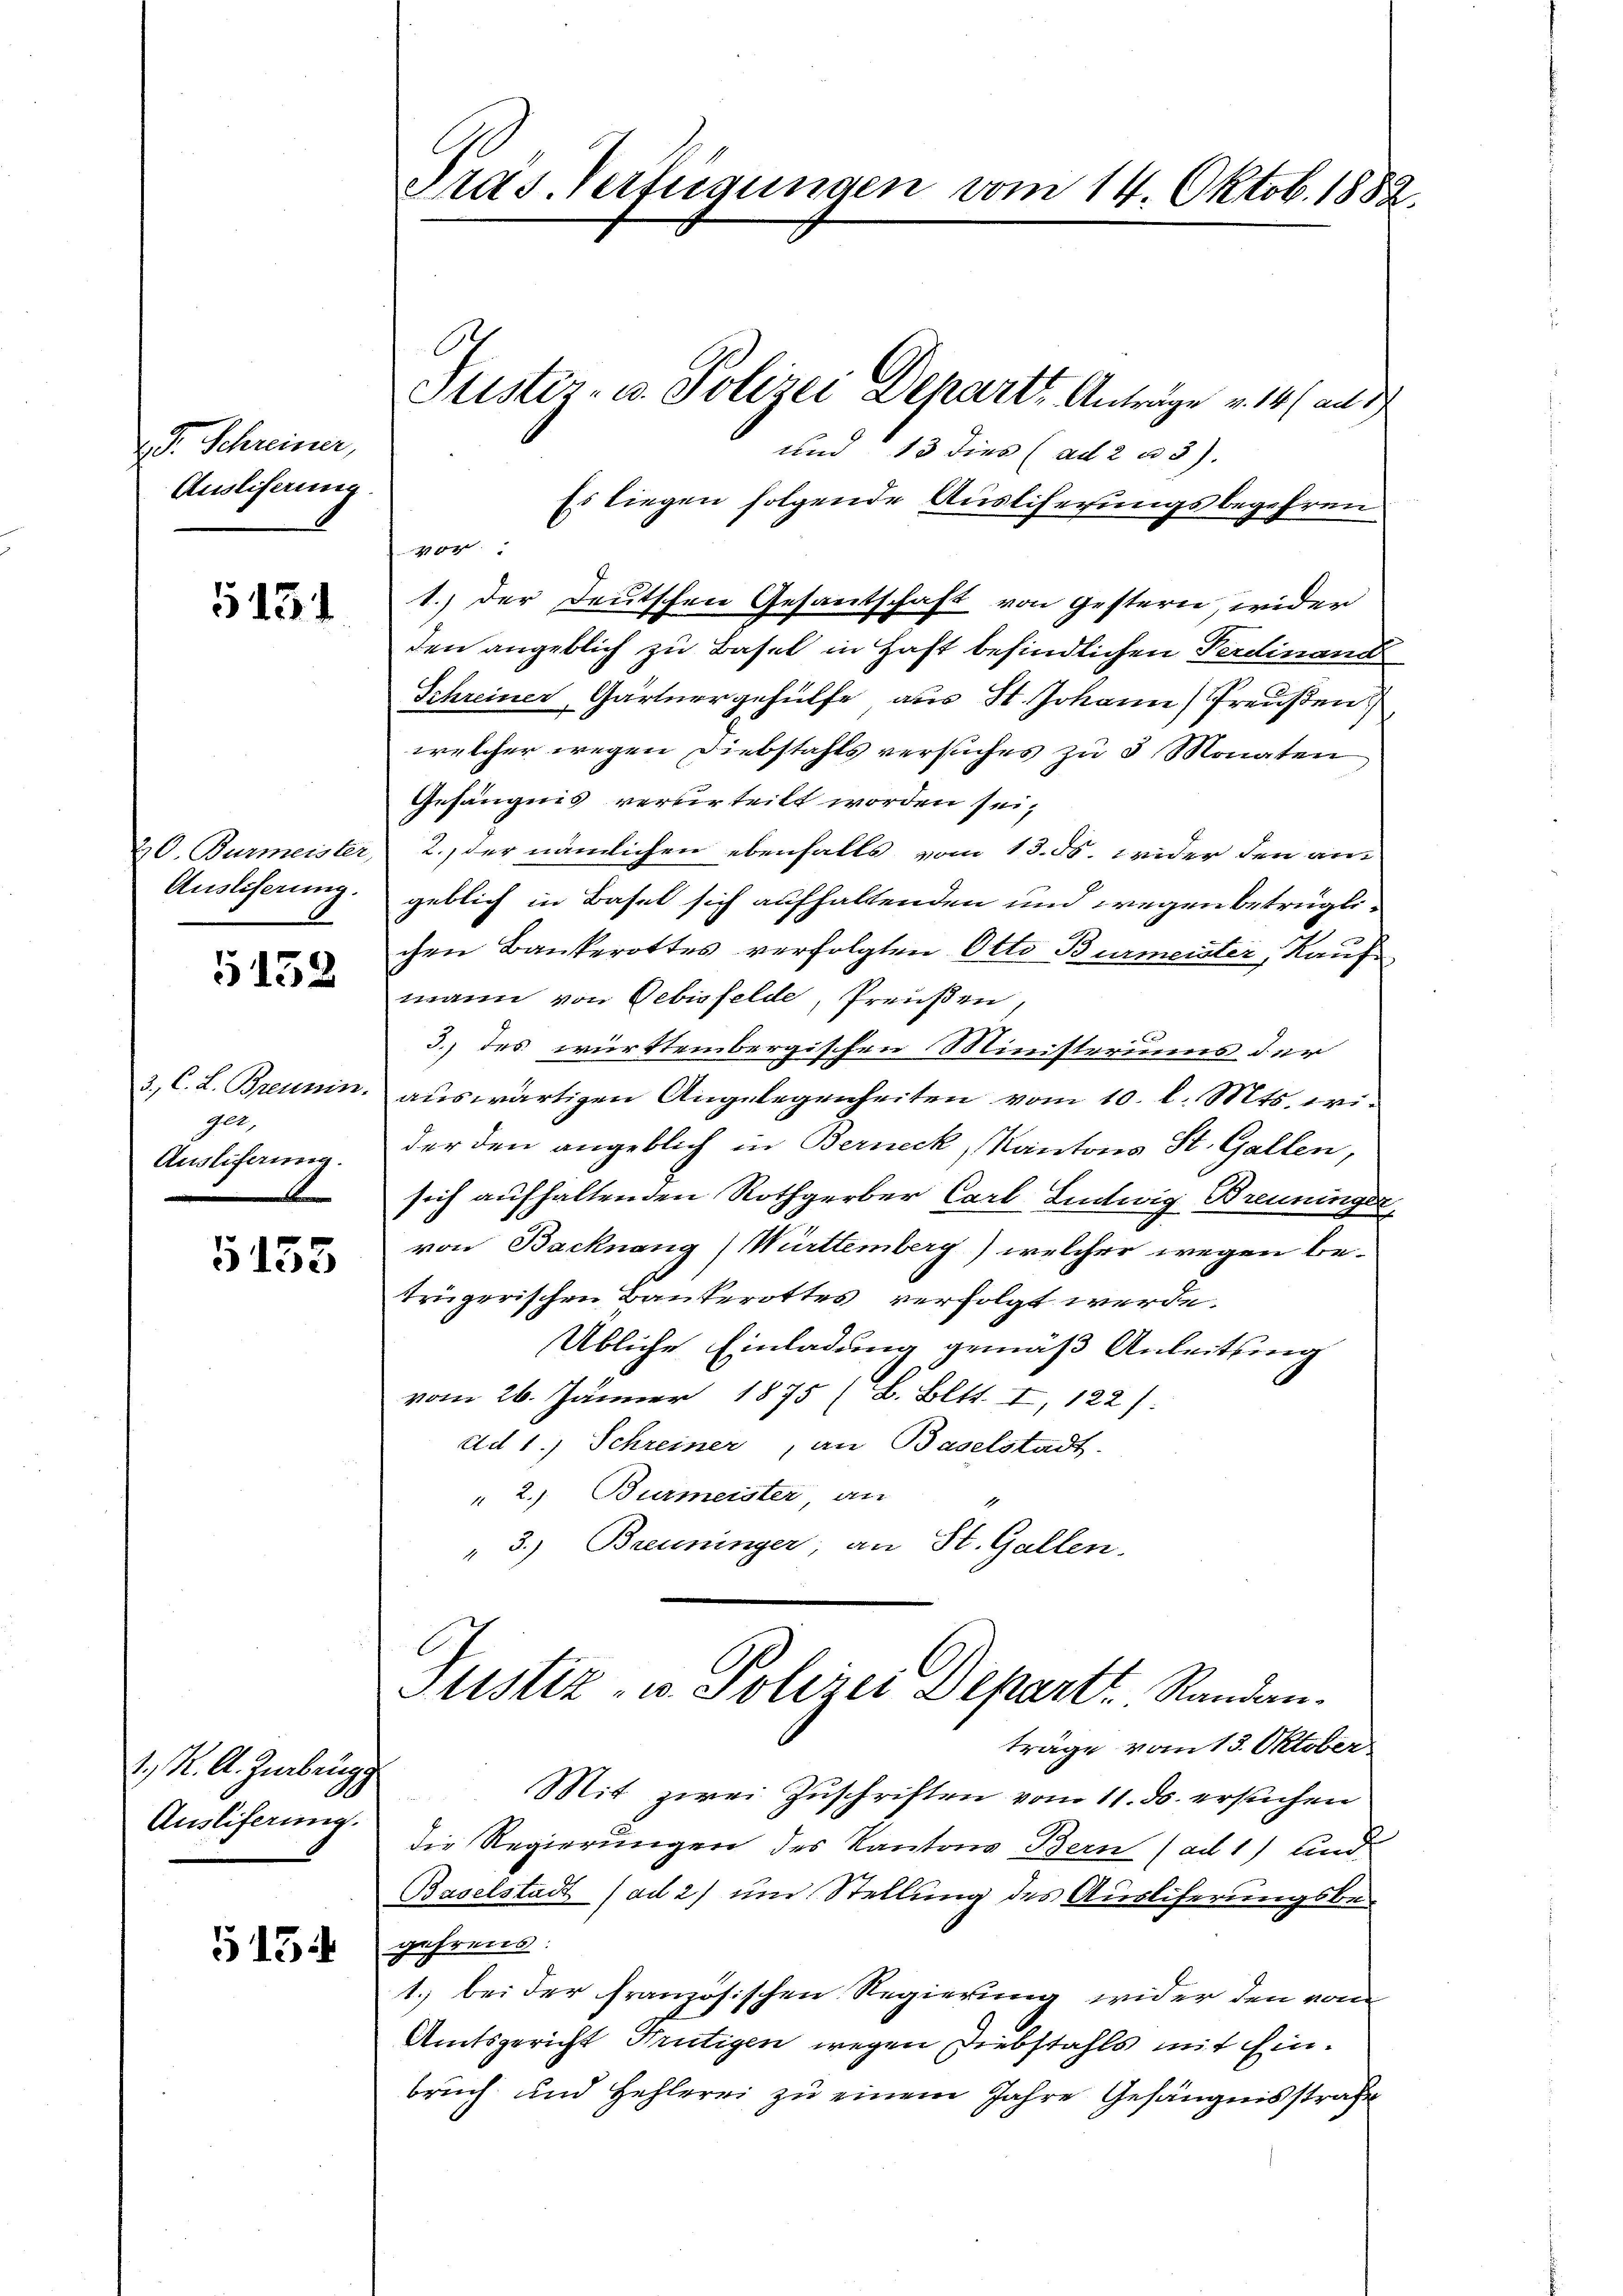
d. Schreiner,
Ausliferung.

1131

0

5152

ger.
Auslieferung.
.

5155

1. K. A. Zurbrugg
Ausliferung.

513.

Puster- u. Polizei Departs Anträge v. 14. an d
und 13 dies (ad 2. 33).
Es liegen folgende Ausliserungsbegehren
vor
1.) Der Deutschen Gesandschaft von gestern, wider
den angeblich zu Basel in Haft befindlichen Ferdinand
Schreiner Gärtnergehülfe, aus St. Johann Preußen
welcher wegen Diebstahls versuches zu 3 Monaten
Gefängnis verurteilt worden sei,
20. Burmeister, 2., der nämlichen ebenfalls vom 13. ds. wider den an
Ausliferung. geblich in Basel sich aufhaltenden und wegen betrüglie
chen Bankerottes verfolgten Otto Burmeister, Kaufmann von Gebisfelde, Preußen,
3.) des württembergischen Ministeriums der
3, C. L. Brennin, auswärtigen Angelegenheiten vom 10. l. Mts. wider den angeblich in Berneck, Kantons St. Gallen,
sich aufhaltenden Rothgerber Carl Lintwig Brenninger
von Backnang (Württemberg) welcher wegen be-
trügerischen Bankerottes verfolgt werde.
Übliche Einladung gemäß Anleitung
vom 26. Jänner 1875 (B. Bett. I 122)
ad 1., Schreiner, an Baselstadt.
" 2. Burmeister, an
"3.) Brenninger; an St. Gallen.
Justiz- u. Polizei Departt. Randau.

Präs. Verfügungen vom 14. Oktob. 1882.

C

die Regierungen des Kantons Bern (ad 1) und
Baselstadt (ad 2) und Stellung des Ausliferungsbe-
gehrens:
1.) bei der französischen Regierung wider den von
Amtsgericht Frutigen wegen Diebstahls mit hinbruch und Hehlerei zu einem Jahre Gefängnisstrafe

träge vom 13. Oktober
Mit zwei Zuschriften vom 11. ds. ersuchen